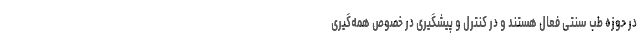
در حوزه طب سنتی فعال هستند و در کنترل و پیشگیری در خصوص همه‌گیری